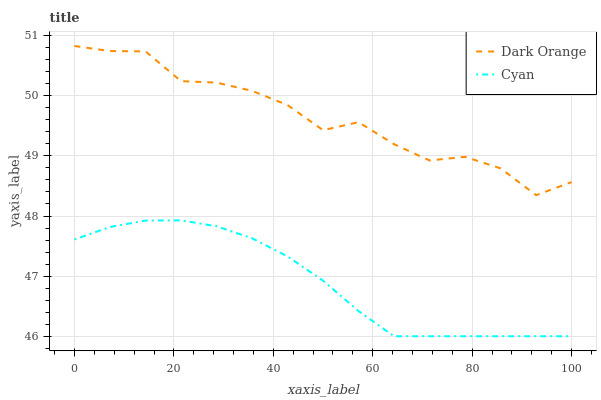
| xaxis_label | Dark Orange | Cyan |
 | --- | --- | --- |
 | 0 | 50.8 | 47.6 |
 | 7.14 | 50.7 | 47.8 |
 | 14.3 | 50.7 | 47.9 |
 | 21.4 | 50.2 | 47.9 |
 | 28.6 | 50.2 | 47.8 |
 | 35.7 | 50.1 | 47.6 |
 | 42.9 | 49.8 | 47.3 |
 | 50 | 49.4 | 46.9 |
 | 57.1 | 49.6 | 46.4 |
 | 64.3 | 49.2 | 46 |
 | 71.4 | 48.9 | 46 |
 | 78.6 | 49 | 46 |
 | 85.7 | 48.8 | 46 |
 | 92.9 | 48.3 | 46 |
 | 100 | 48.6 | 46 |